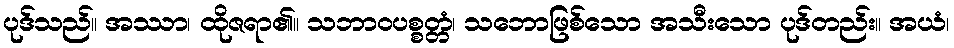
ပုဒ်သည်။ အဿာ၊ ထိုဇရာ၏။ သဘာဝပစ္စတ္တံ၊ သဘောဖြစ်သော အသီးသော ပုဒ်တည်း။ အယံ၊